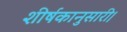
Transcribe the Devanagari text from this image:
शीर्षकानुसारी।